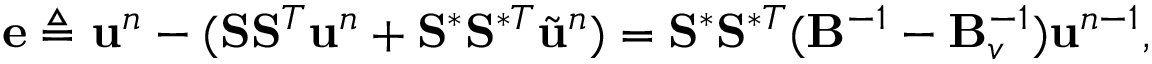
\mathbf { e } \triangleq \ensuremath { \mathbf { u } } ^ { n } - ( \mathbf { S } \mathbf { S } ^ { T } \ensuremath { \mathbf { u } } ^ { n } + \mathbf { S } ^ { \ast } \mathbf { S } ^ { \ast T } \Tilde { \ensuremath { \mathbf { u } } } ^ { n } ) = \mathbf { S } ^ { \ast } \mathbf { S } ^ { \ast T } ( \mathbf { B } ^ { - 1 } - \mathbf { B } _ { v } ^ { - 1 } ) \ensuremath { \mathbf { u } } ^ { n - 1 } ,